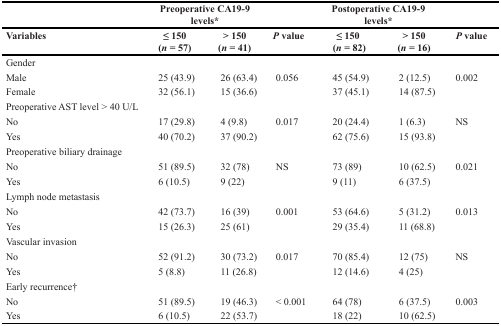
|  | <COLSPAN=2> Preoperative CA19-9 levels* |  | <COLSPAN=2> Postoperative CA19-9 levels* |  |
 | Variables | ≤ 150 (n = 57) | > 150 (n = 41) | P value | ≤ 150 (n = 82) | > 150 (n = 16) | P value |
 | --- | --- | --- | --- | --- | --- | --- |
 | Gender |  |  |  |  |  |  |
 | Male | 25 (43.9) | 26 (63.4) | 0.056 | 45 (54.9) | 2 (12.5) | 0.002 |
 | Female | 32 (56.1) | 15 (36.6) |  | 37 (45.1) | 14 (87.5) |  |
 | Preoperative AST level > 40 U/L |  |  |  |  |  |  |
 | No | 17 (29.8) | 4 (9.8) | 0.017 | 20 (24.4) | 1 (6.3) | NS |
 | Yes | 40 (70.2) | 37 (90.2) |  | 62 (75.6) | 15 (93.8) |  |
 | Preoperative biliary drainage |  |  |  |  |  |  |
 | No | 51 (89.5) | 32 (78) | NS | 73 (89) | 10 (62.5) | 0.021 |
 | Yes | 6 (10.5) | 9 (22) |  | 9 (11) | 6 (37.5) |  |
 | Lymph node metastasis |  |  |  |  |  |  |
 | No | 42 (73.7) | 16 (39) | 0.001 | 53 (64.6) | 5 (31.2) | 0.013 |
 | Yes | 15 (26.3) | 25 (61) |  | 29 (35.4) | 11 (68.8) |  |
 | Vascular invasion |  |  |  |  |  |  |
 | No | 52 (91.2) | 30 (73.2) | 0.017 | 70 (85.4) | 12 (75) | NS |
 | Yes | 5 (8.8) | 11 (26.8) |  | 12 (14.6) | 4 (25) |  |
 | Early recurrence† |  |  |  |  |  |  |
 | No | 51 (89.5) | 19 (46.3) | < 0.001 | 64 (78) | 6 (37.5) | 0.003 |
 | Yes | 6 (10.5) | 22 (53.7) |  | 18 (22) | 10 (62.5) |  |